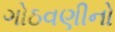
ગોઠવણીનો